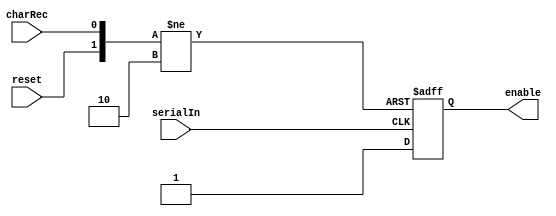
module startStop(serialIn,charRec,reset,enable);
	
	input serialIn, reset, charRec;
	output reg enable;
	initial enable = 0;
	
	always @(negedge serialIn or negedge reset or posedge charRec) begin
		if (!reset) enable = 0;
		else if (!charRec) enable = 1;
		else enable = 0;
	end

endmodule